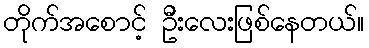
တိုက်အစောင့် ဦးလေးဖြစ်နေတယ်။